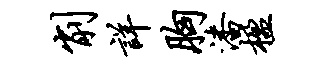
削详胸潘楹